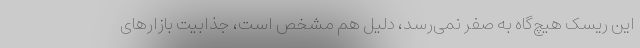
این ریسک هیچ‌گاه به صفر نمی‌رسد، دلیل هم مشخص است، جذابیت بازارهای